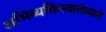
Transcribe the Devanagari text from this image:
अभिव्यक्तिस्वातंत्र्याने